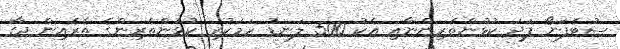
ސުޓެފަނޯ ފަދަ ކުޅުންތެރިންނާއި އެކު 500 ލަނޑު ހަމަކުރި ކުޅުންތެރިންގެ ތެރެއިން ޖާގަ